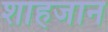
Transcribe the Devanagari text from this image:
शाहजान